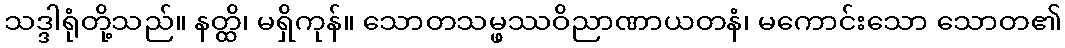
သဒ္ဒါရုံတို့သည်။ နတ္ထိ၊ မရှိကုန်။ သောတသမ္ဖဿဝိညာဏာယတနံ၊ မကောင်းသော သောတ၏